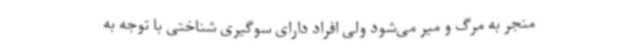
منجر به مرگ و میر می‌شود ولی افراد دارای سوگیری شناختی با توجه به